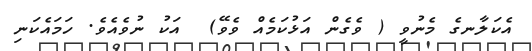
އެކަލާނގެ މެނުވީ ( ވެގެން އަޅުކަމެއް ވެވޭ)  އަކު ނުވެއެވެ. ހަމައެކަނި